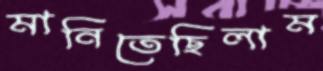
মানিতেছিলাম